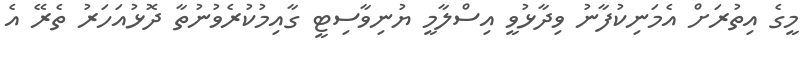
މީގެ އިތުރަށް އެމަނިކުފާނު ވިދާޅުވީ އިސްލާމީ ޔުނިވާސިޓީ ގާއިމުކުރެވުނުތާ ދޮޅުއަހަރު ތެރޭ އެ